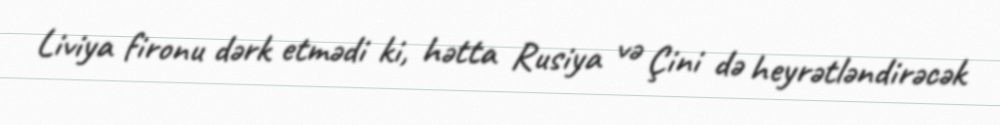
Liviya fironu dərk etmədi ki, hətta Rusiya və Çini də heyrətləndirəcək